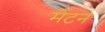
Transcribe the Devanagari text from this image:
मेंटन